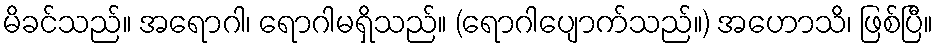
မိခင်သည်။ အရောဂါ၊ ရောဂါမရှိသည်။ (ရောဂါပျောက်သည်။) အဟောသိ၊ ဖြစ်ပြီ။